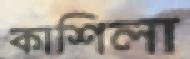
কাশিলা